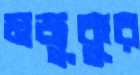
মজুকুর